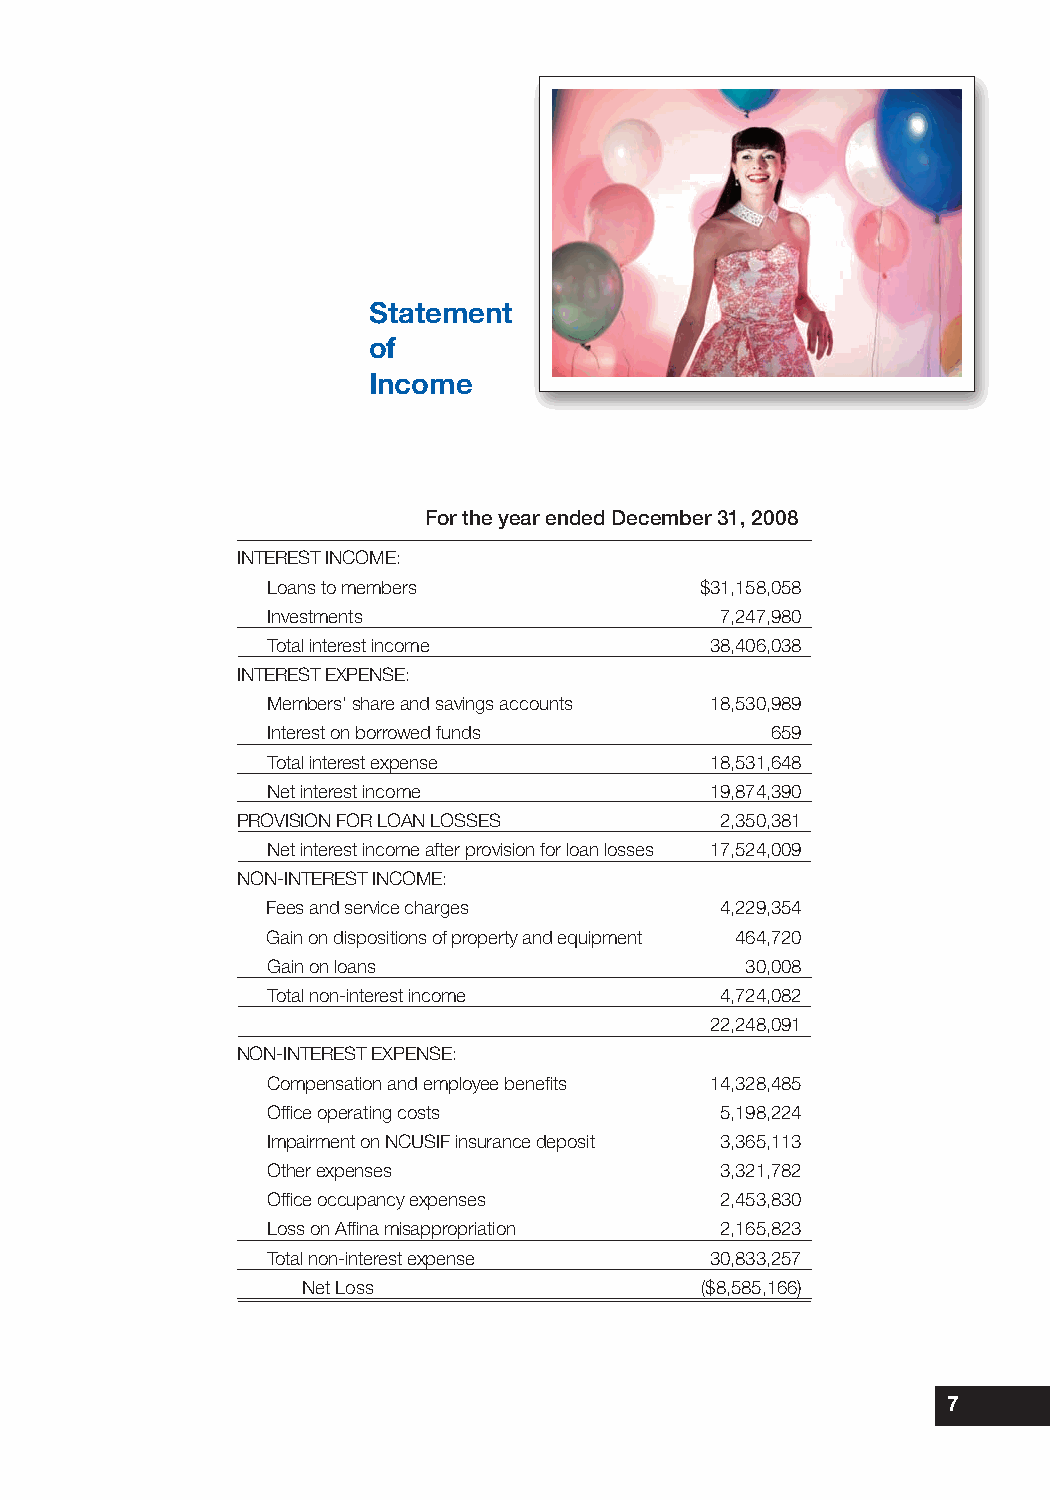
Statement
 of
 Income
 For the year ended December 31, 2008
 INTEREST INCOME:
 Loans to members             $31,158,058
 Investments                   7,247,980
 Total interest income        38,406,038
 INTEREST EXPENSE:
 Members’ share and savings accounts 18,530,989
 Interest on borrowed funds       659
 Total interest expense       18,531,648
 Net interest income          19,874,390
 PROVISION FOR LOAN LOSSES       2,350,381
 Net interest income after provision for loan losses 17,524,009
 NON-INTEREST INCOME:
 Fees and service charges      4,229,354
 Gain on dispositions of property and equipment 464,720
 Gain on loans                   30,008
 Total non-interest income     4,724,082
 22,248,091
 NON-INTEREST EXPENSE:
 Compensation and employee benefits 14,328,485
 Office operating costs        5,198,224
 Impairment on NCUSIF insurance deposit 3,365,113
 Other expenses                3,321,782
 Office occupancy expenses     2,453,830
 Loss on Affina misappropriation 2,165,823
 Total non-interest expense   30,833,257
 Net Loss                   ($8,585,166)
 7